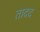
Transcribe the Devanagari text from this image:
तादद